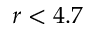
r < 4 . 7